Rangoon Lunatic Asylum 1893-1897 - 1893-1897
Year: 1893
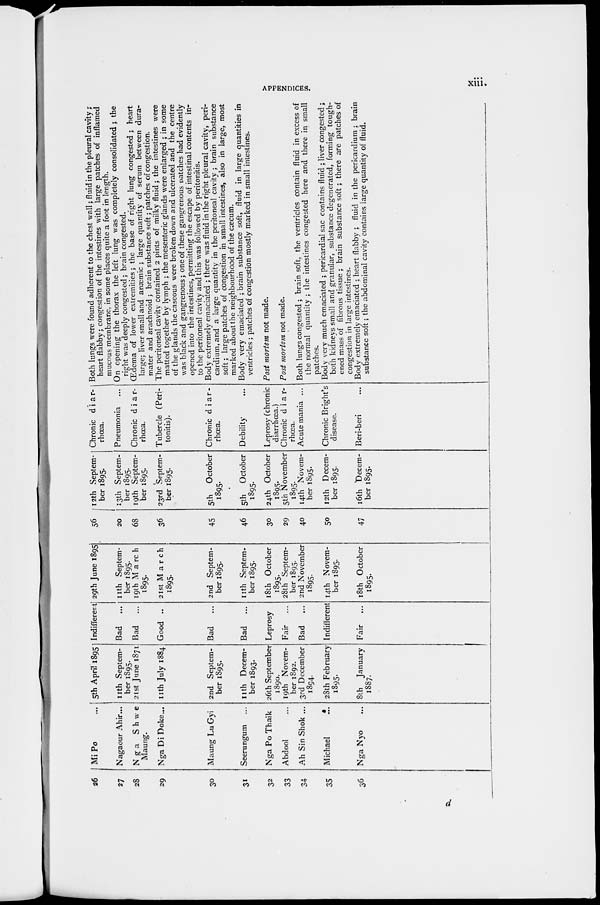
APPENDICES.
xiii
26
27
28
29
30
31
32
33
34
35
35
Mi Po ...
Nagaour Ahir ...
Nga
Shwe
Maung.
Nga Di Doke ...
Maung Lu Gyi
Seerungum ...
Nga Po Thaik
Abdool ...
Ah Sin Shok ...
Michael ...
Nga Nyo ...
5th April 1895
11th Septem-
ber 1895.
21st June 1871
11th July 1884
2nd Septem-
ber 1895.
11th Decem-
ber 1893.
26th September
1890.
19th Novem-
ber 1892.
3rd December
1894.
28th February
1895.
8th
January
1887.
Indifferent 29th June 1895
Bad
...
Bad
...
Good ..
Bad
...
Bad
...
Leprosy
Fair ...
Bad
...
Indifferent
Fair ...
11th Septem-
ber 1895.
19th March
1895.
21st March
1895.
2nd Septem-
ber 1895.
11th Septem-
ber 1895.
18th October
1895.
28th Septem-
ber 1895.
2nd November
1895.
14th Novem-
ber 1895.
18th October
1895.
56
20
68
36
45
46
30
29
40
50
47
12th Septem-
ber 1895.
13th Septem-
ber 1895.
19th Septem-
ber 1895.
23rd Septem-
ber 1895.
5th
October
1895.
5th
October
1895.
24th October
1895.
5th November
1895.
14th Novem-
ber 1895.
12th Decem-
ber 1895.
16th Decem-
ber 1895.
Chronic diar-
rhœa.
Pneumonia ...
Chronic diar-
rhœa.
Tubercle (Peri-
tonitis).
Chronic diar-
rhœa.
Debility ...
Leprosy (chronic
diarrhœa.)
Chronic diar-
rhœa.
Acute mania ...
Chronic Bright's
disease.
Beri-beri ...
Both lungs were found adherent to the chest wall; fluid in the pleural cavity ;
heart flabby; congestion of the intestines with large patches of inflamed
mucous membrane, in some places quite a foot in length.
On opening the thorax the left lung was completely consolidated ; the
right was deeply congested; brain congested.
Œdema of lower extremities; the base of right lung congested ; heart
large; liver small and anaemic ; large quantity of serum between dura-
mater and arachnoid ; brain substance soft; patches of congestion.
The peritoneal cavity contained 2 pints of milky fluid; the intestines were
matted together by lymph ; the mesenteric glands were enlarged ; in some
of the glands the caseous were broken down and ulcerated and the centre
was black and gangrenous; one of these gangrenous patches had evidently
opened into the intestines, permitting the escape of intestinal contents in-
to the peritoneal cavity and this was followed by peritonitis.
Body extremely emaciated ; there was fluid in the right pleural cavity, peri-
cardium, and a large quantity in the peritoneal cavity ; brain substance
soft; large patches of congestion in small intestines, also in large, most
marked about the neighbourhood of the cæcum.
Body very emaciated ; brain substance soft, fluid in large quantities in
ventricles ; patches of congestion mostly marked in small intestines.
Post mortem not made.
Post mortem not made.
Both lungs congested ; brain soft, the ventricles contain fluid in excess of
the normal quantity ; the intestines congested here and there in small
patches.
Body very much emaciated ; pericardial sac contains fluid ; liver congested;
both kidneys small and granular, substance degenerated, forming tough-
ened mass of fibrous tissue ; brain substance soft; there are patches of
congestion in large intestines.
Body extremely emaciated ; heart flabby ; fluid in the pericardium ; brain
substance soft; the abdominal cavity contains large quantity of fluid.
d